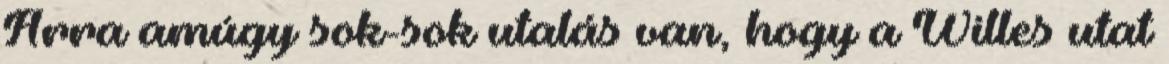
Arra amúgy sok-sok utalás van, hogy a Willes utat